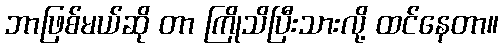
ဘာဖြစ်မယ်ဆို တာ ကြိုသိပြီးသားလို့ ထင်နေတာ။